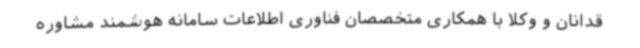
قدانان و وکلا با همکاری متخصصان فناوری اطلاعات سامانه هوشمند مشاوره